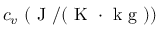
c _ { v } ~ ( \mathrm { ~ J ~ } / ( \mathrm { ~ K ~ } \cdot \mathrm { ~ k ~ g ~ } ) )